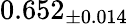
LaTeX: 0.652_{\pm 0.014}